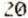
20